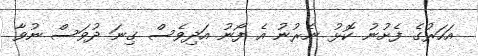
އަހަރުގެ ފެށުނު ކޮޅު ނެރުނު އެ ފޯނު އަދިވެސް ގިނަ ދުވަސް ނުވާ